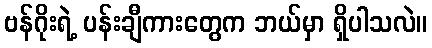
ဗန်ဂိုးရဲ့ ပန်းချီကားတွေက ဘယ်မှာ ရှိပါသလဲ။